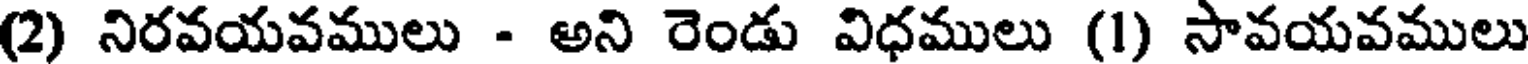
(2) నిరవయవములు - అని రెండు విధములు (1) సావయవములు